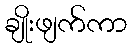
ချိုးဖျက်ကာ